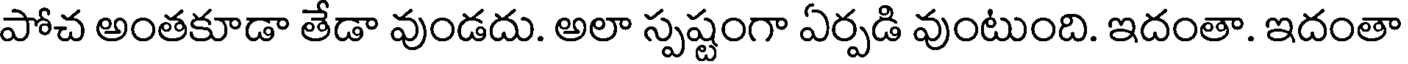
పోచ అంతకూడా తేడా వుండదు. అలా స్పష్టంగా ఏర్పడి వుంటుంది. ఇదంతా. ఇదంతా